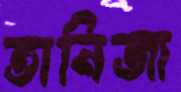
তানিজা